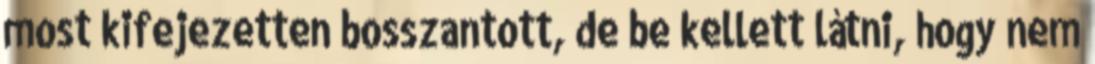
most kifejezetten bosszantott, de be kellett látni, hogy nem